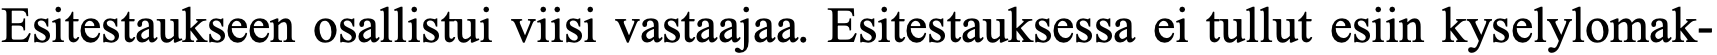
Esitestaukseen osallistui viisi vastaajaa. Esitestauksessa ei tullut esiin kyselylomak-